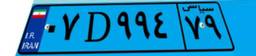
۰۷D۹۹۴۷۹